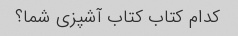
کدام کتاب کتاب آشپزی شما؟